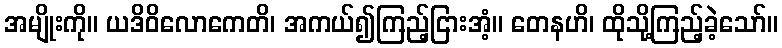
အမျိုးကို။ ယဒိဝိလောကေတိ၊ အကယ်၍ကြည့်ငြားအံ့။ တေနဟိ၊ ထိုသို့ကြည့်ခဲ့သော်။